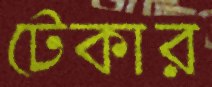
টেকার